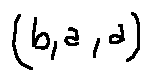
( b , a , a )